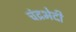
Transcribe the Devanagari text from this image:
चंद्रभेदी